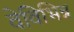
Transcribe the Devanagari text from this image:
वेविभिन्न